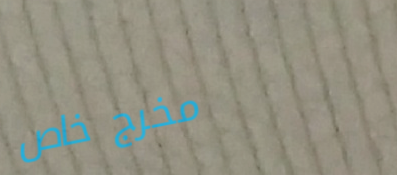
مخرج خاص